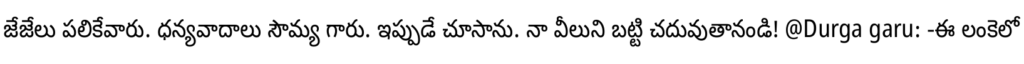
జేజేలు పలికేవారు. ధన్యవాదాలు సౌమ్య గారు. ఇప్పుడే చూసాను. నా వీలుని బట్టి చదువుతానండి! @Durga garu: -ఈ లంకెలో